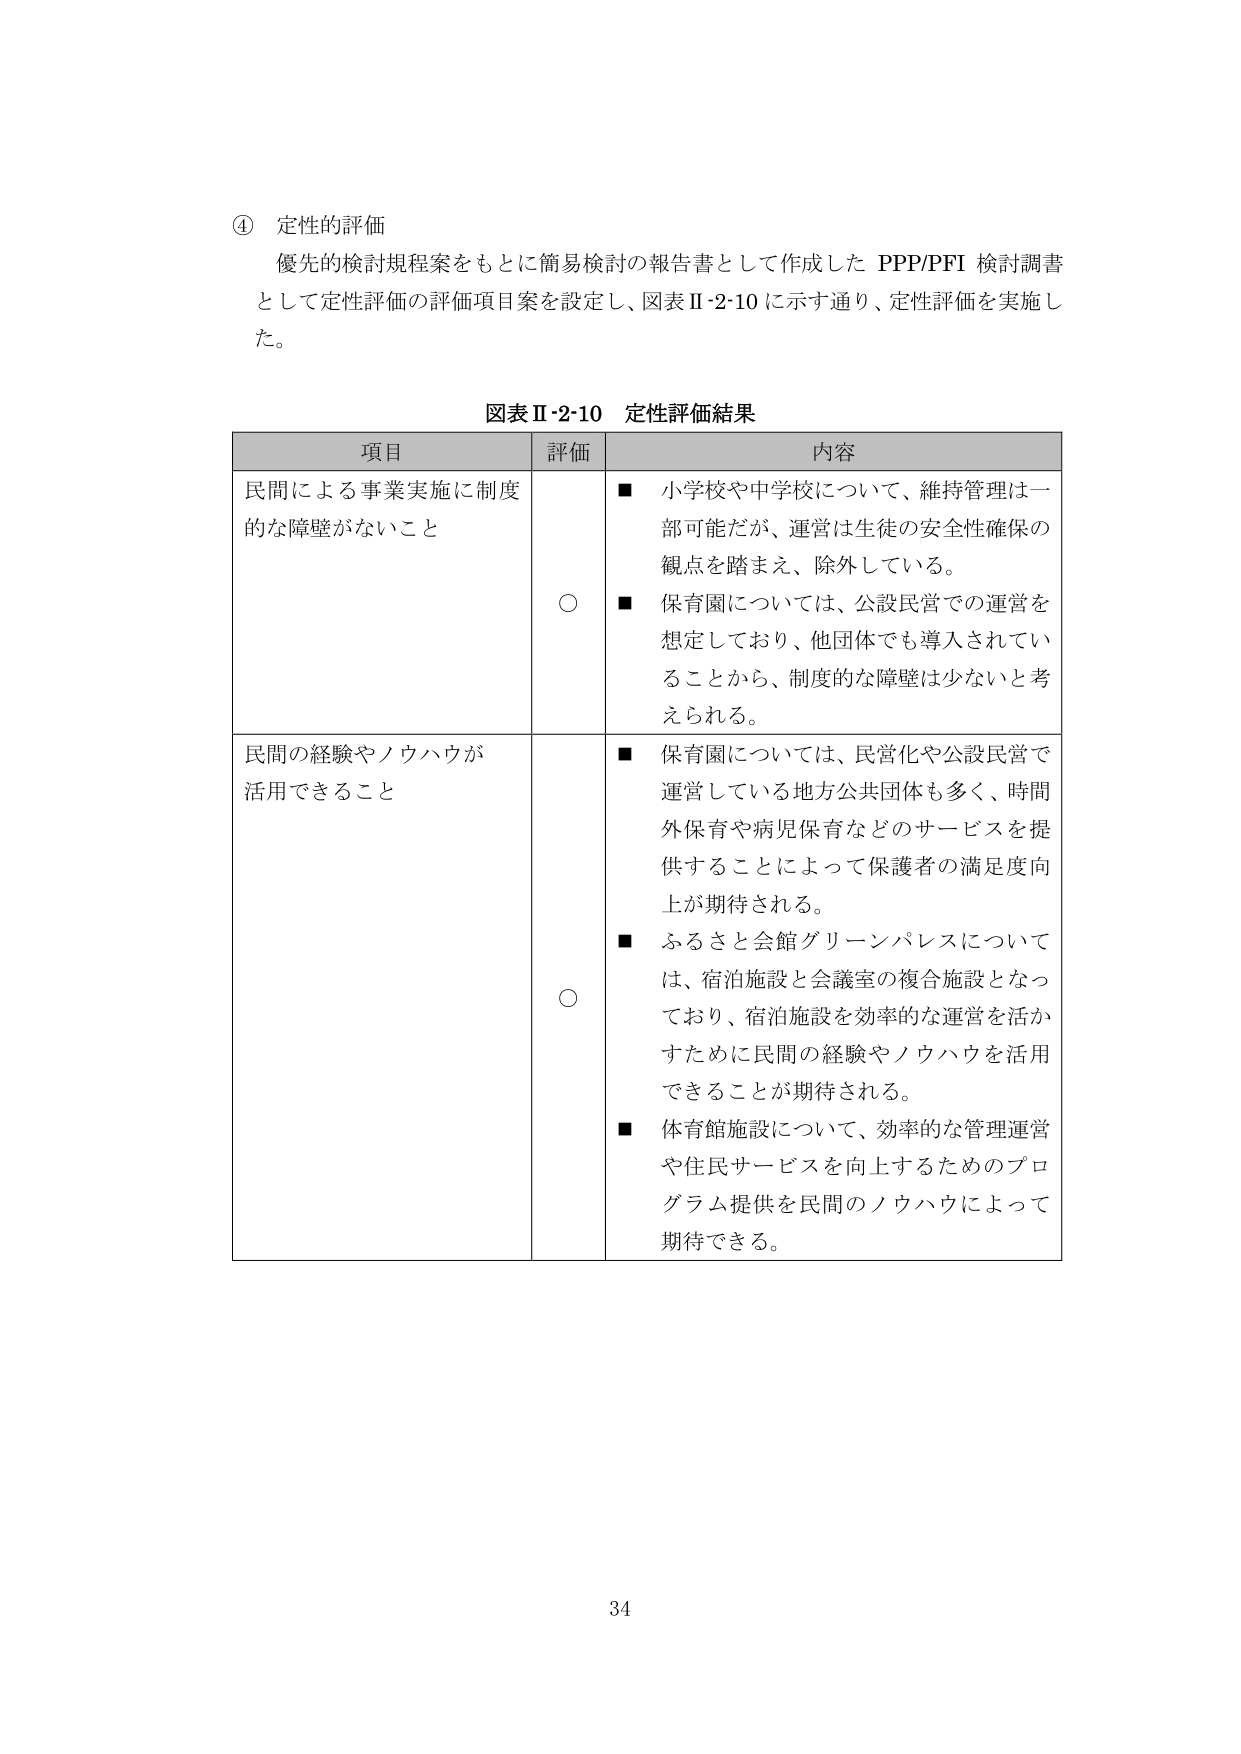
④ 定性的評価
優先的検討規程案をもとに簡易検討の報告書として作成した PPP/PFI 検討調書
として定性評価の評価項目案を設定し、図表Ⅱ-2-10 に示す通り、定性評価を実施し
た。

図表Ⅱ-2-10 定性評価結果

項目　　　　　　　　　　　　　　　評価　　　　　　　　　　　内容
民間による事業実施に制度的な障壁がないこと　　　　○　　　■ 小学校や中学校について、維持管理は一部可能だが、運営は生徒の安全性確保の観点を踏まえ、除外している。
　　　　　　　　　　　　　　　　　　　　　　　　　　　　■ 保育園については、公設民営での運営を想定しており、他団体でも導入されていることから、制度的な障壁は少ないと考えられる。

民間の経験やノウハウが活用できること　　　　　　○　　　■ 保育園については、民営化や公設民営で運営している地方公共団体も多く、時間外保育や病児保育などのサービスを提供することによって保護者の満足度向上が期待される。
　　　　　　　　　　　　　　　　　　　　　　　　　　　　■ ふるさと会館グリーンパレスについては、宿泊施設と会議室の複合施設となっており、宿泊施設を効率的な運営を活かすために民間の経験やノウハウを活用できることが期待される。
　　　　　　　　　　　　　　　　　　　　　　　　　　　　■ 体育館施設について、効率的な管理運営や住民サービスを向上するためのプログラム提供を民間のノウハウによって期待できる。

34